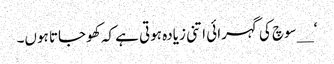
‘ __سوچ کی گہرائی اتنی زیادہ ہوتی ہے کہ کھو جاتا ہوں۔